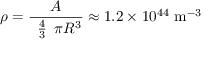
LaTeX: \rho = { \frac { A } { { \begin{array} { l } { { \frac { 4 } { 3 } } } \end{array} } \pi R ^ { 3 } } } \approx 1 . 2 \times 1 0 ^ { 4 4 } \ \mathrm { m } ^ { - 3 }